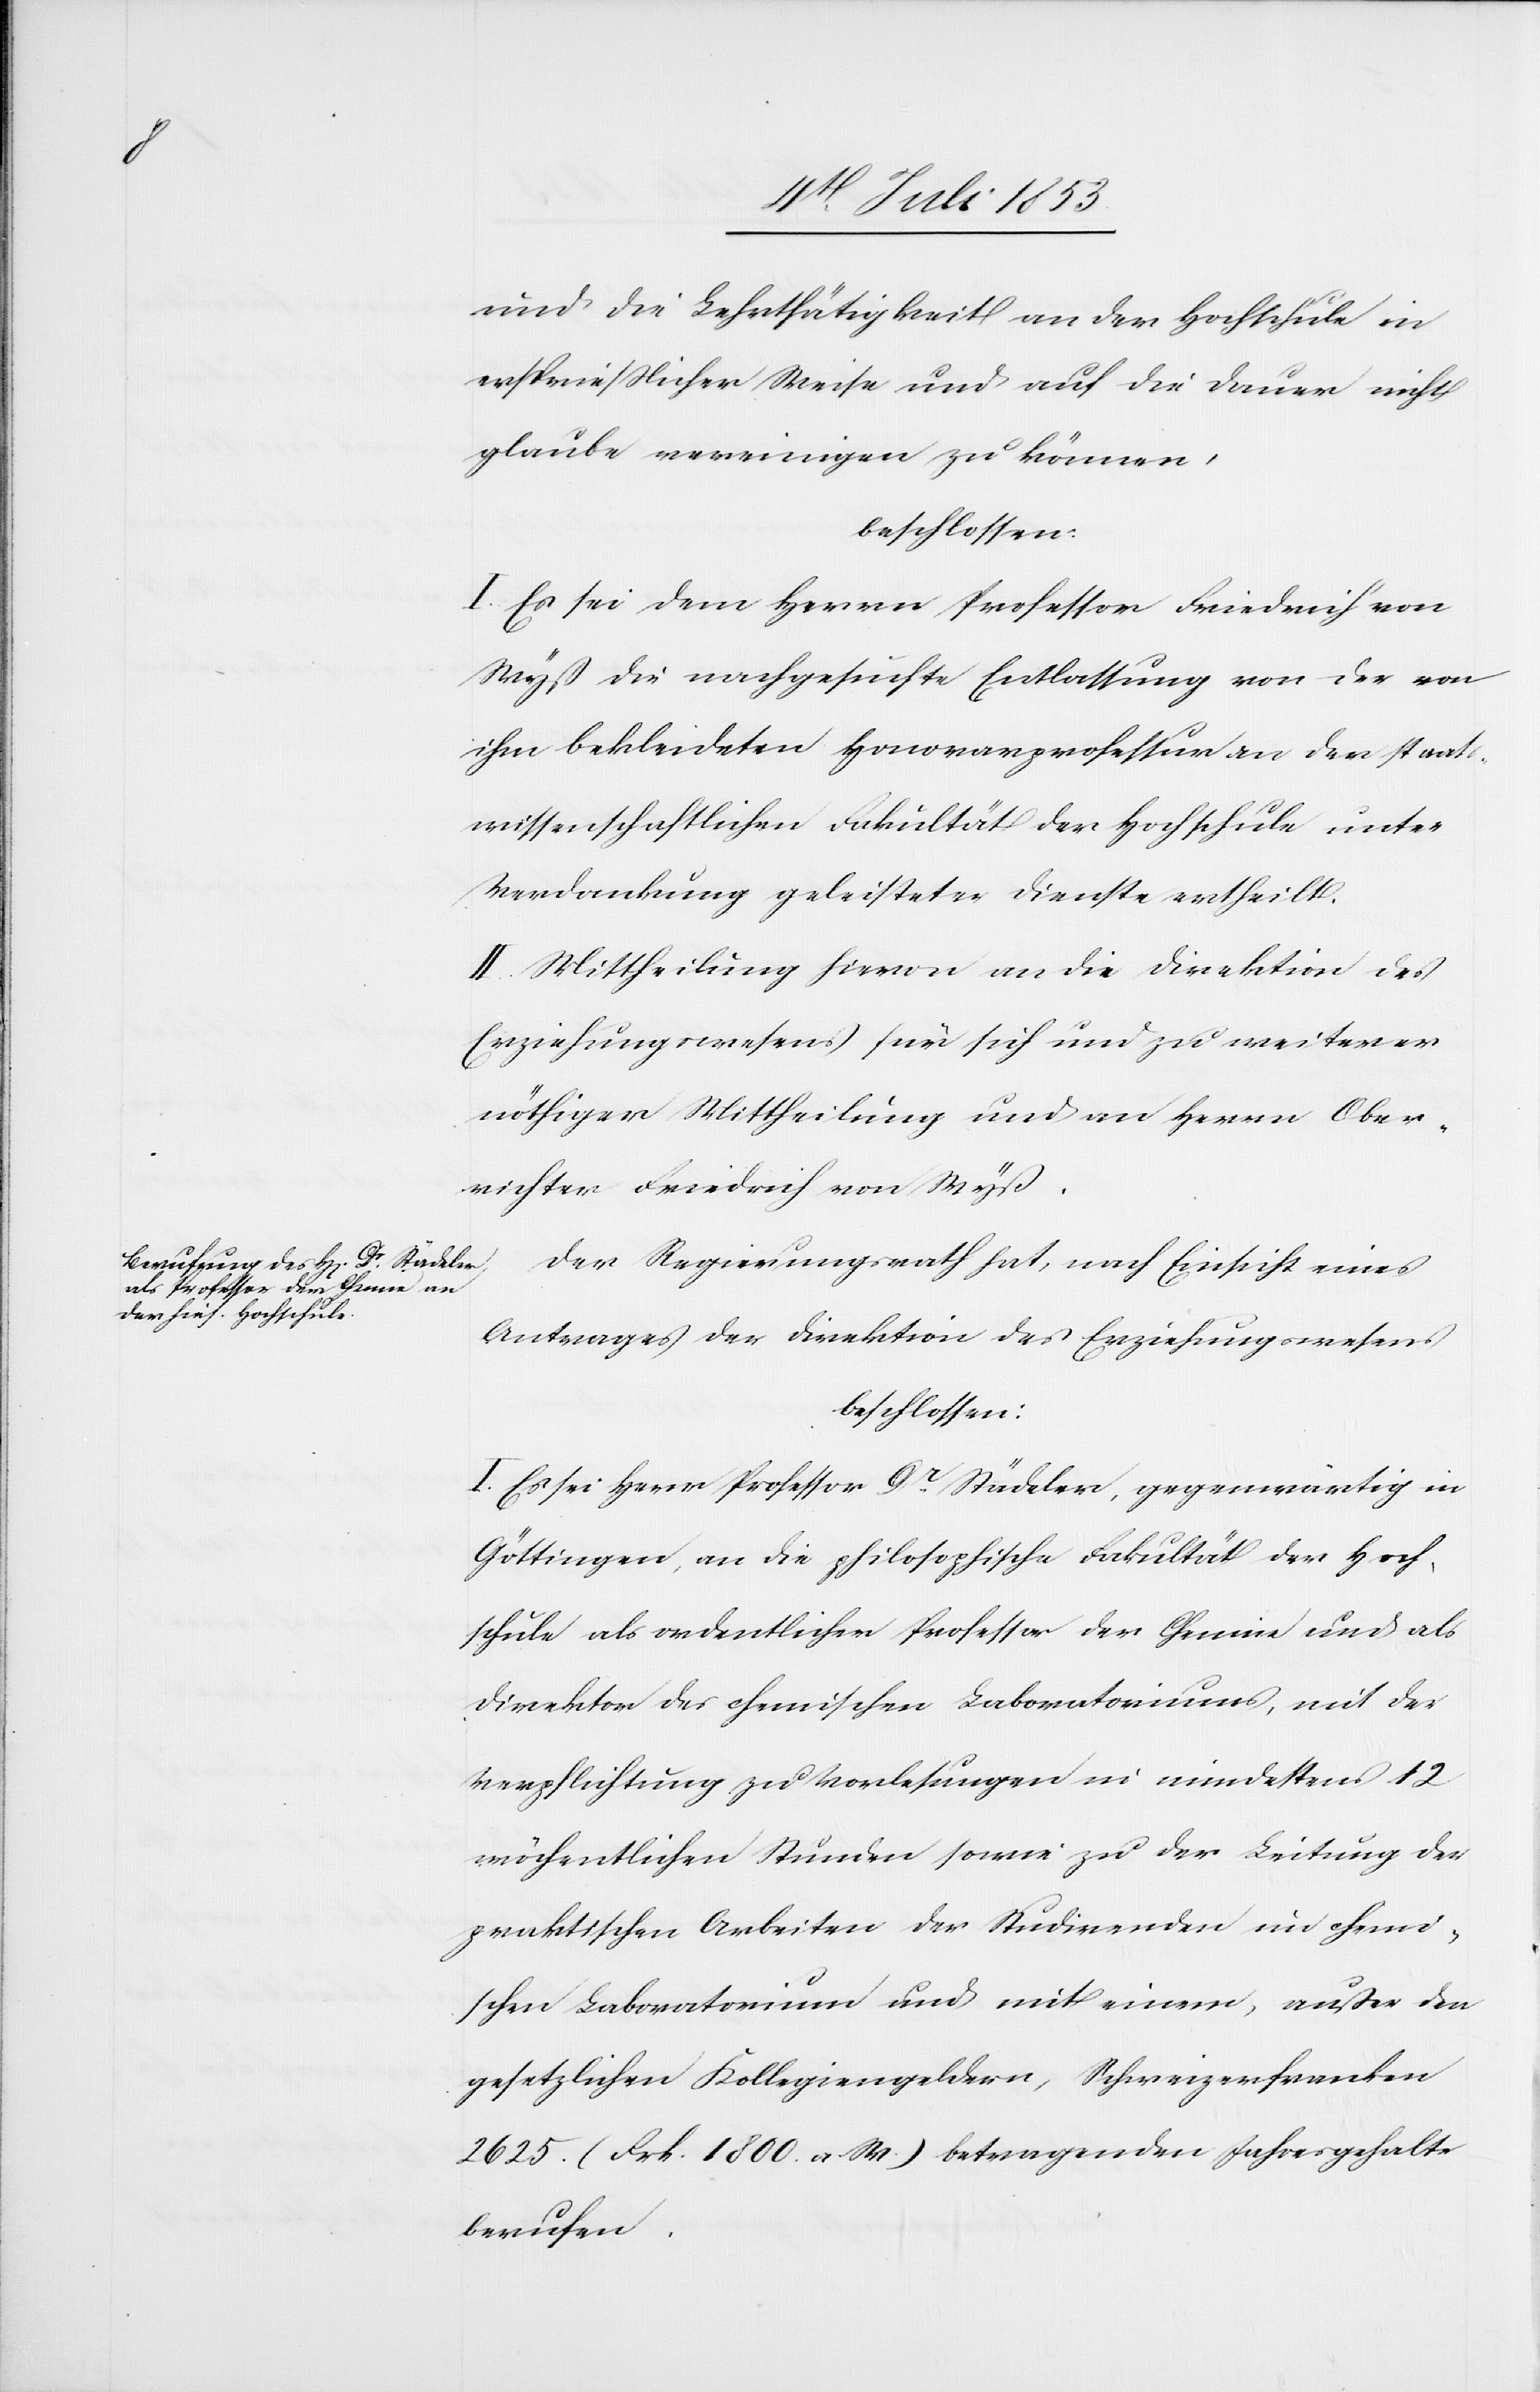
und die Lehrthätigkeit an der Hochschule in
ersprießlicher Weise und auf die Dauer nicht
glaube vereinigen zu können,
beschloßen:
I. Es sei dem Herrn Professor Friedrich von
Wyß die nachgesuchte Entlassung von der von
ihm bekleideten Honorarprofessur an der staat¬
swissenschaftlichen Fakultät der Hochschule unter
Verdankung geleisteter Dienste ertheilt.
II. Mittheilung hievon an die Direktion des
Erziehungswesens für sich zu weiterer
nöthiger Mittheilung und an Herrn Ober¬
richter Friedrich von Wyß.
Der Regierungsrath hat, nach Einsicht eines
Antrages der Direktion des Erziehungswesens
beschlossen:
I. Es sei Herr Professor Dr Städeler, gegenwärtig in
Göttingen, an die philosophische Fakultät der Hoch¬
schule als ordentlicher Professor der Chemie und als
Direktor des chemischen Laboratoriums, mit der
Verpflichtung zu Vorlesungen in mindestens 12
wöchentlichen Stunden sowie zu der Leitung der
praktischen Arbeiten der Studirenden im chemi¬
schen Laboratorium und mit einem, außer den
gesetzlichen Kollegiengeldern, Schweizerfranken
2625. (Frk. 1800. a. W.) betragenden Jahresgehalte
berufen.